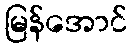
မြန်အောင်